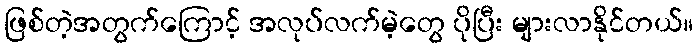
ဖြစ်တဲ့အတွက်ကြောင့် အလုပ်လက်မဲ့တွေ ပိုပြီး များလာနိုင်တယ်။